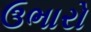
ઉભારો